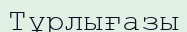
Тұрлығазы